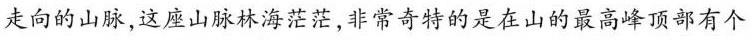
走向的山脉，这座山脉林海茫茫，非常奇特的是在山的最高峰顶部有个